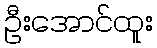
ဦးအောင်ထူး